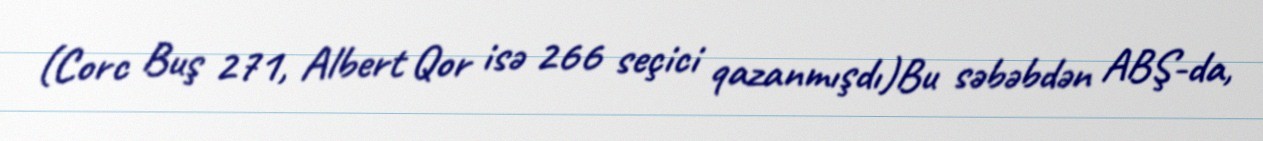
(Corc Buş 271, Albert Qor isə 266 seçici qazanmışdı)Bu səbəbdən ABŞ-da,